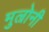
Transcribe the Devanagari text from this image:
मुल्रोनी